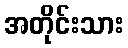
အတိုင်းသား